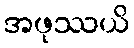
အဖုဿယိ